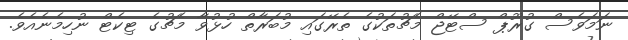
ނަމަވެސް ގުރޫޕް ސްޓޭޖް މެޗުތަކުގެ ތެރޭގައި މުބަރާތް ހުޅުވާ މެޗުގެ ޓިކެޓް ނުހިމެނެއެވެ.